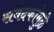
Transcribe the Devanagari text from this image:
संवेदकांमुळे